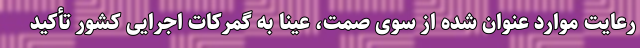
رعایت موارد عنوان شده از سوی صمت، عیناً به گمرکات اجرایی کشور تأکید